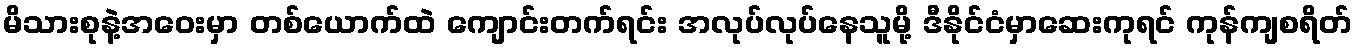
မိသားစုနဲ့အဝေးမှာ တစ်ယောက်ထဲ ကျောင်းတက်ရင်း အလုပ်လုပ်နေသူမို့ ဒီနိုင်ငံမှာဆေးကုရင် ကုန်ကျစရိတ်